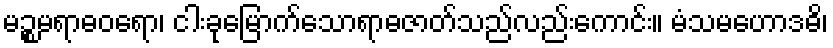
မဉ္စမရာဓဝရော၊ ငါးခုမြောက်သောရာဓဇာတ်သည်လည်းကောင်း။ မံသမဟောဒဓိ၊